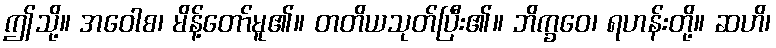
ဤသို့။ အဝေါစ၊ မိန့်တော်မူ၏။ တတိယသုတ်ပြီး၏။ ဘိက္ခဝေ၊ ရဟန်းတို့။ ဆဟိ၊